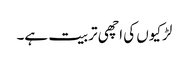
لڑکیوں کی اچھی تربیت ہے۔